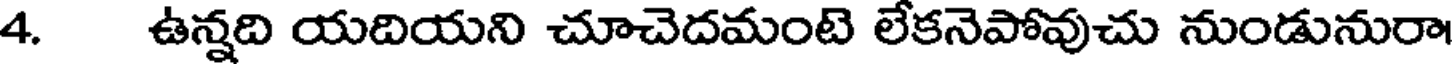
4. ఉన్నది యదియని చూచెదమంటె లేకనెపోవుచు నుండునురా